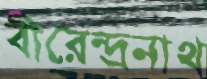
বীরেন্দ্রনাথ